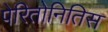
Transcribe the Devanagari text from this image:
पेरितोनितिस